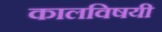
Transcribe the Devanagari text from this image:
कालविषयी